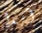
آيدا